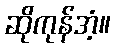
ဆိုကုန်အံ့။